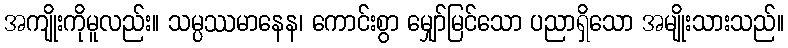
အကျိုးကိုမူလည်း။ သမ္ပဿမာနေန၊ ကောင်းစွာ မျှော်မြင်သော ပညာရှိသော အမျိုးသားသည်။